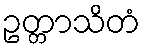
ဥတ္တာသိတံ